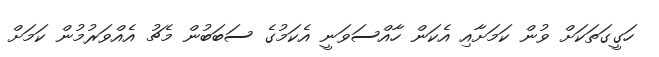
ހަގީގަތަކަށް ވުން ކަމަށާއި އެކަން ހާއްސަވަނީ އެކަމުގެ ސަބަބުން މެޗު އެއްވަރުމުން ކަމަށް